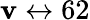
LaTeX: \mathbf{v}\leftrightarrow62